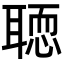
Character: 𦗂